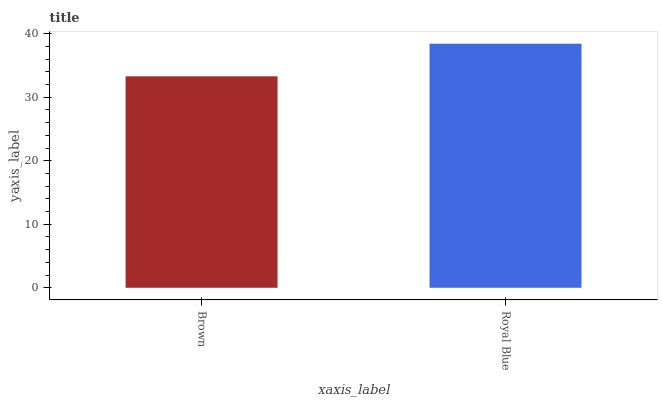
| xaxis_label | bars |
 | --- | --- |
 | Brown | 33.3 |
 | Royal Blue | 38.4 |